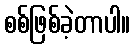
စစ်ဖြစ်ခဲ့တာပါ။